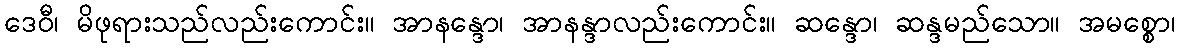
ဒေဝီ၊ မိဖုရားသည်လည်းကောင်း။ အာနန္ဒော၊ အာနန္ဒာလည်းကောင်း။ ဆန္ဒော၊ ဆန္ဒမည်သော။ အမစ္စော၊